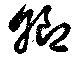
卿